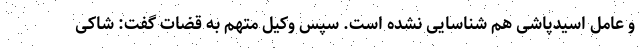
و عامل اسیدپاشی هم شناسایی نشده است. سپس وکیل متهم به قضات گفت: شاکی